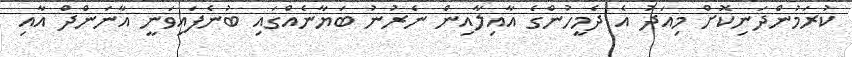
ކުރަމުންދަނިކޮށް މިއަދު އެ ދެމީހުންގެ އާއިލާއިން ނެރުނު ބަޔާނެއްގައި ބުނެފައިވަނީ އާނަންދް އާއި